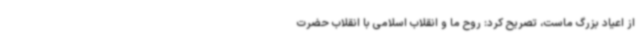
از اعیاد بزرگ ماست، تصریح کرد: روح ما و انقلاب اسلامی با انقلاب حضرت